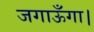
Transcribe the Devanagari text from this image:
जगाऊँगा।